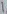
Text: 1